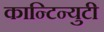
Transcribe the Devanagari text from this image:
कान्टिन्युटी